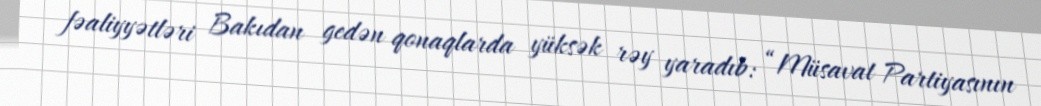
fəaliyyətləri Bakıdan gedən qonaqlarda yüksək rəy yaradıb: “Müsavat Partiyasının